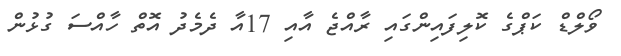
ވޯލްޑް ކަޕްގެ ކޮލިފައިންގައި ރާއްޖެ އާއި 17އާ ދެމެދު އޮތް ހާއްސަ ގުޅުން